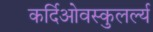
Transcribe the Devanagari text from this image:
कर्दिओवस्कुलर्ल्य